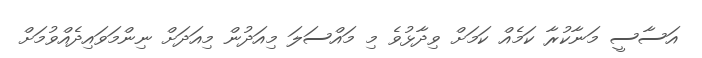
އަސާސީ މަނާކުރާ ކަމެއް ކަމަށް ވިދާޅުވެ މި މައްސަލަ މިއަދުން މިއަދަށް ނިންމަވައިދެއްވުމަށް